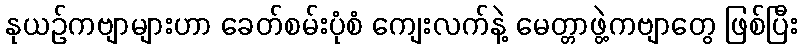
နုယဉ်ကဗျာများဟာ ခေတ်စမ်းပုံစံ ကျေးလက်နဲ့ မေတ္တာဖွဲ့ကဗျာတွေ ဖြစ်ပြီး